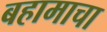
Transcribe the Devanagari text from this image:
बहामाचा